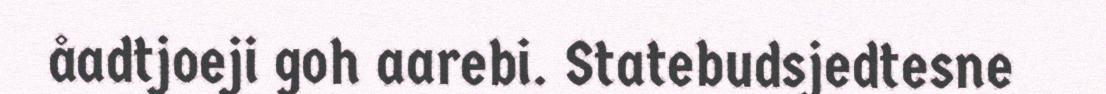
åadtjoeji goh aarebi. Statebudsjedtesne